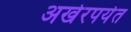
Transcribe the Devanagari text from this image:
अखेरपर्येत